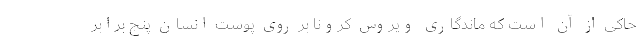
حاکی از آن است که ماندگاری ویروس کرونا بر روی پوست انسان پنج برابر